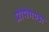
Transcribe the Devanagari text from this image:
प्रोपेगेण्डा